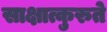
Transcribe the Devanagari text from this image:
साक्षात्कुरुते